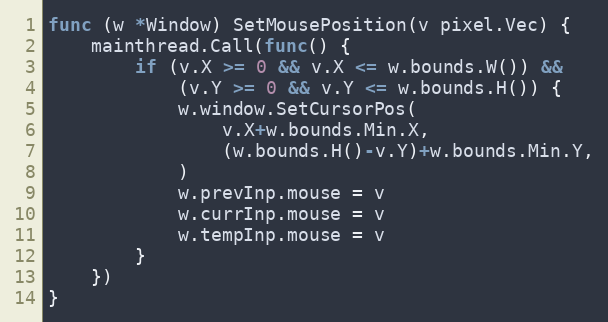
Language: Go
func (w *Window) SetMousePosition(v pixel.Vec) {
	mainthread.Call(func() {
		if (v.X >= 0 && v.X <= w.bounds.W()) &&
			(v.Y >= 0 && v.Y <= w.bounds.H()) {
			w.window.SetCursorPos(
				v.X+w.bounds.Min.X,
				(w.bounds.H()-v.Y)+w.bounds.Min.Y,
			)
			w.prevInp.mouse = v
			w.currInp.mouse = v
			w.tempInp.mouse = v
		}
	})
}